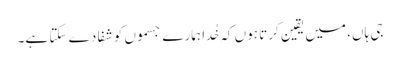
جی ہاں، میں یقین کرتا ہوں کہ خُدا ہمارے جسموں کو شفا دے سکتا ہے۔